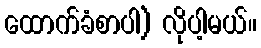
ထောက်ခံစာပါ) လိုပါ့မယ်။